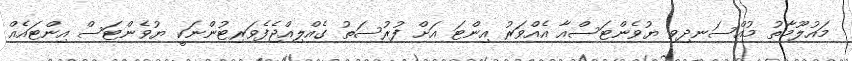
މައުލޫމާތު މުއްސަނދިވި ޔުވެންޓަސްއާ އެއްވަރު އިންޓަ އަށް ފުރުސަތު ގެއްލިއްޖެފެވަރިޓުންނަކީ ޔުވެންޓަސް އިންޓައެއް